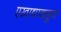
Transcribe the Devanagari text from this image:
एखाद्याकडून